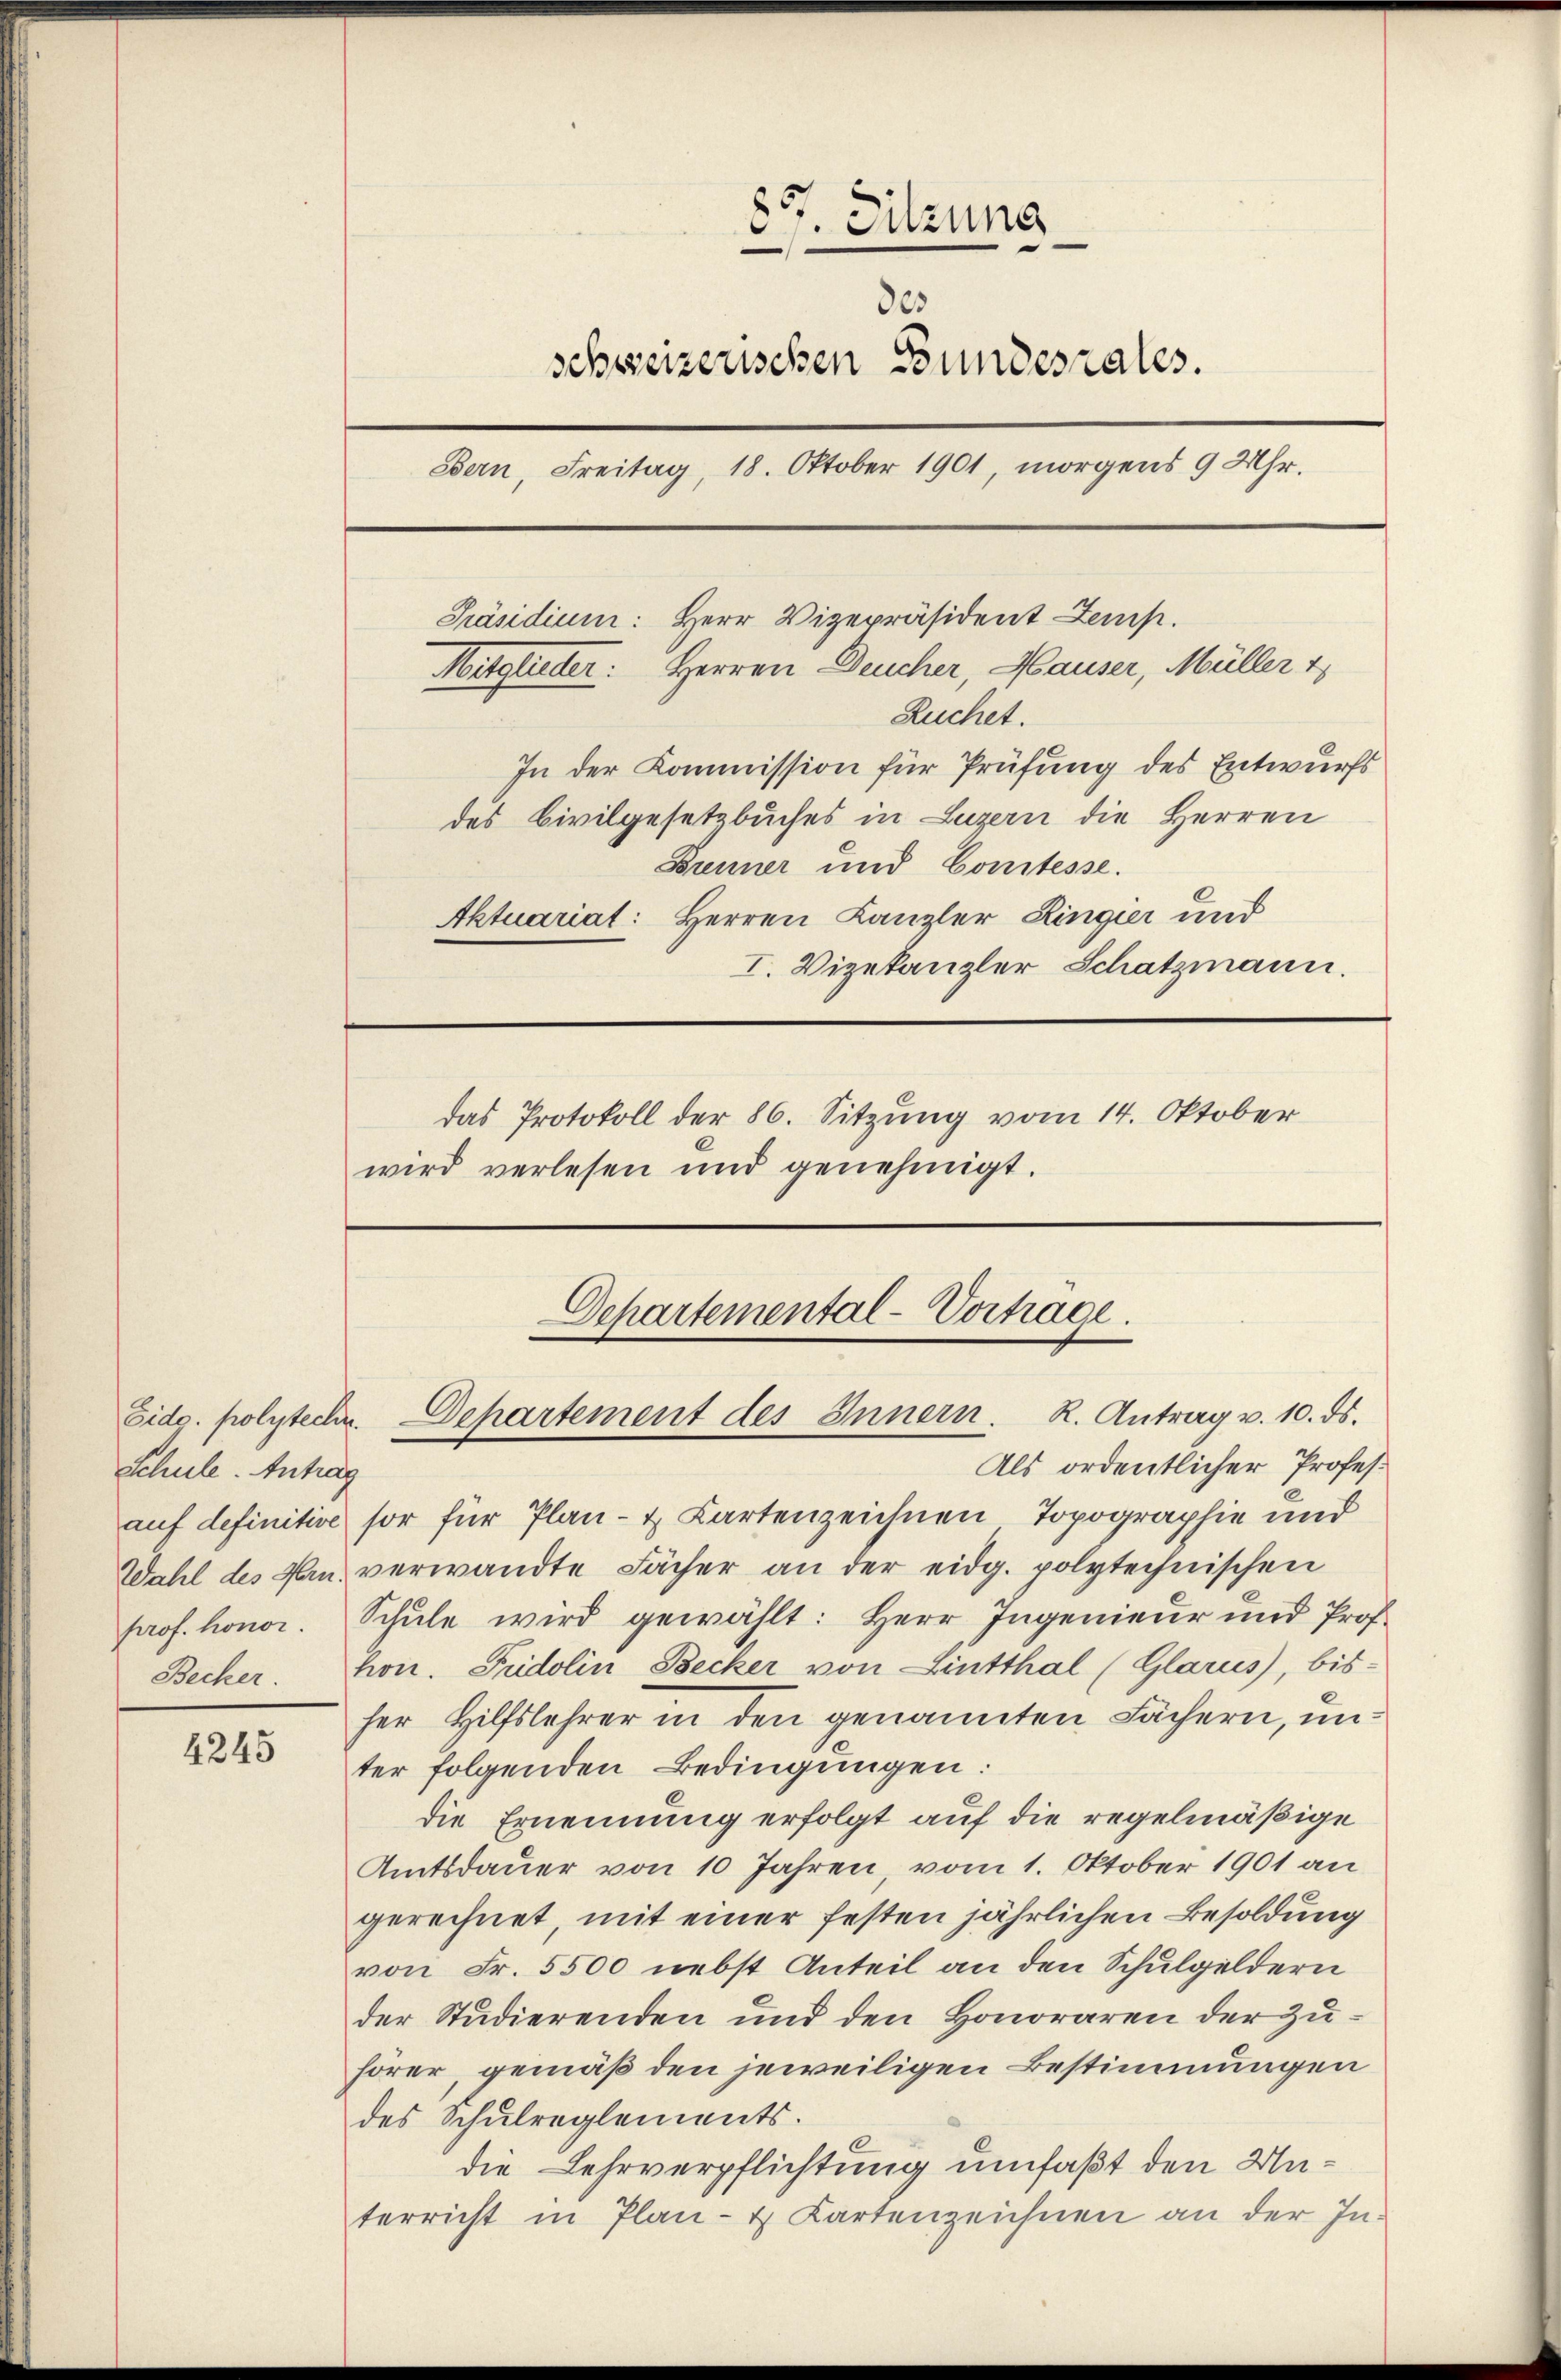
Schule. Antrag
Becker.

4245

857. Sitzung
de
schweizerischen Bundesrates.
Bern, Freitag, 18. Oktober 1901, morgens 9 Uhr.
Präsidium: Herr Vizepräsident Zemp.
Mitglieder: Herren Deucher, Hauser, Müller 1
Ruchet.
In der Kommission für Prüfung des Entwurfs
des Civilgesetzbuches in Luzern die Herren
Brenner und Comtesse.
Aktuariat: Herren Kanzler Ringier und
I. Vizekanzler Schatzmann.
das Protokoll der 86. Sitzung vom 14. Oktober
wird verlesen und genehmigt.

Als ordentlicher Profesauf definitive sor für Plan- & Kartenzeichnen Topographie und
Wahl des Man verwandte Fächer an der eidg. polytechnischen
prof. honor. Schŭle wird gewählt: Herr Ingenieur und Prof.
hon. Fridolin Becker von Lintthal (Glarus, bis-
her Hilfslehrer in den genannten Fächern, unter folgenden Bedingungen:
die Ernennung erfolgt auf die regelmäßige
Amtsdauer von 10 Jahren, vom 1. Oktober 1901 an
gerechnet, mit einer festen jährlichen Besoldung
von Fr. 5500 nebst Anteil an den Schulgeldern
der Studierenden und den Honoraren der Zuhörer, gemäß den jeweiligen Bestimmungen
des Schulreglements.
die Lehrverpflichtung umfaßt den Unterricht in Plan- & Kartenzeichnen an der In-

Departemental-Vorträge.
Eid. polytechn. Departement des Innern. K. Antrag v. 10. ds.